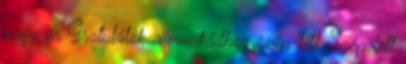
nagy ur Gratulálok a munkádhoz szép lett Szép lett